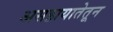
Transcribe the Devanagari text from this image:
असहायातेतून